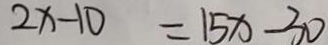
2 x - 1 0 = 1 5 x - 3 0